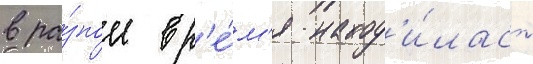
в ра́зное вр'е́м'я наход'и́лась